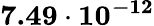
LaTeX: \mathbf{7.49\cdot 10^{-12}}